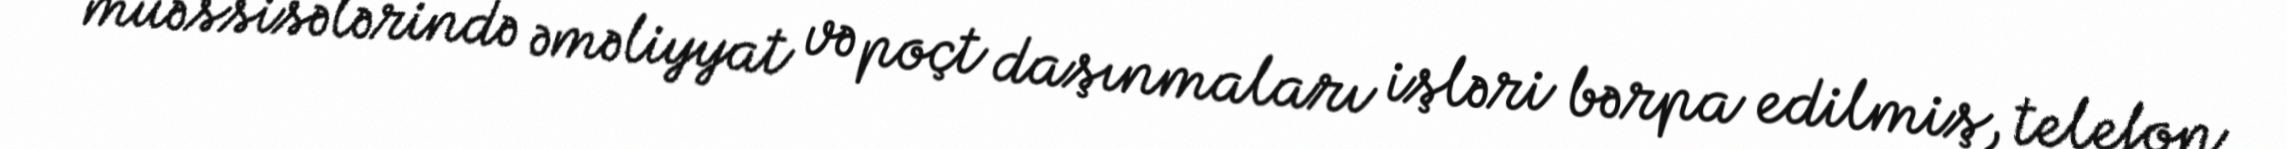
müəssisələrində əməliyyat və poçt daşınmaları işləri bərpa edilmiş, telefon